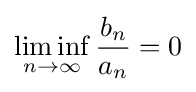
\liminf _{n\to \infty }{\frac {b_{n}}{a_{n}}}=0